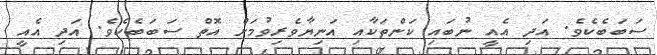
ސަބަބެކެވެ. އަދި އެއީ ނުބައި ކަންތަކާއި އަނިޔާވެރިވުމަށް އޮތް ސަބަބެކެވެ. އަދި އެއީ